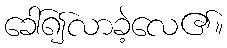
ခေါ်၍လာခဲ့လေ၏။